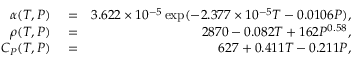
\begin{array} { r l r } { \alpha ( T , P ) } & { { } = } & { 3 . 6 2 2 \times 1 0 ^ { - 5 } \exp ( - 2 . 3 7 7 \times 1 0 ^ { - 5 } T - 0 . 0 1 0 6 P ) , } \\ { \rho ( T , P ) } & { { } = } & { 2 8 7 0 - 0 . 0 8 2 T + 1 6 2 P ^ { 0 . 5 8 } , } \\ { C _ { P } ( T , P ) } & { { } = } & { 6 2 7 + 0 . 4 1 1 T - 0 . 2 1 1 P , } \end{array}